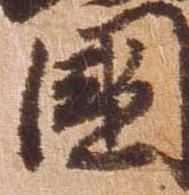
国